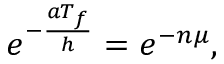
\begin{array} { r } { e ^ { - \frac { a T _ { f } } { h } } = e ^ { - n \mu } , } \end{array}